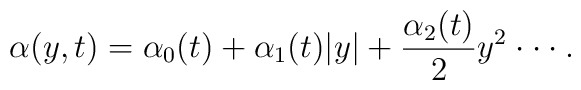
\alpha(y,t)=\alpha_0(t)+ \alpha_1(t) \vert y \vert  + \frac{\alpha_2(t)}{2} y^2 \cdot \cdot \cdot.